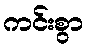
ကင်းစွာ